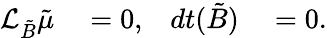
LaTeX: \begin{array}{rlrl}{\mathcal{L}_{{\tilde{B}}}{\tilde{\mu}}}&{{}=0,}&{dt({\tilde{B}})}&{{}=0.}\end{array}